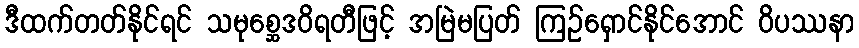
ဒီထက်တတ်နိုင်ရင် သမုစ္ဆေဒဝိရတီဖြင့် အမြဲမပြတ် ကြဉ်ရှောင်နိုင်အောင် ဝိပဿနာ